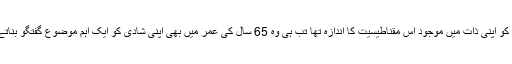
عمران خان کو اپنی ذات میں موجود اس مقناطیسیت کا اندازہ تھا تب ہی وہ 65 سال کی عمر میں بھی اپنی شادی کو ایک اہم موضوع گفتگو بناتے رہے ہیں۔